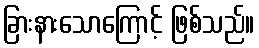
ခြားနားသောကြောင့် ဖြစ်သည်။